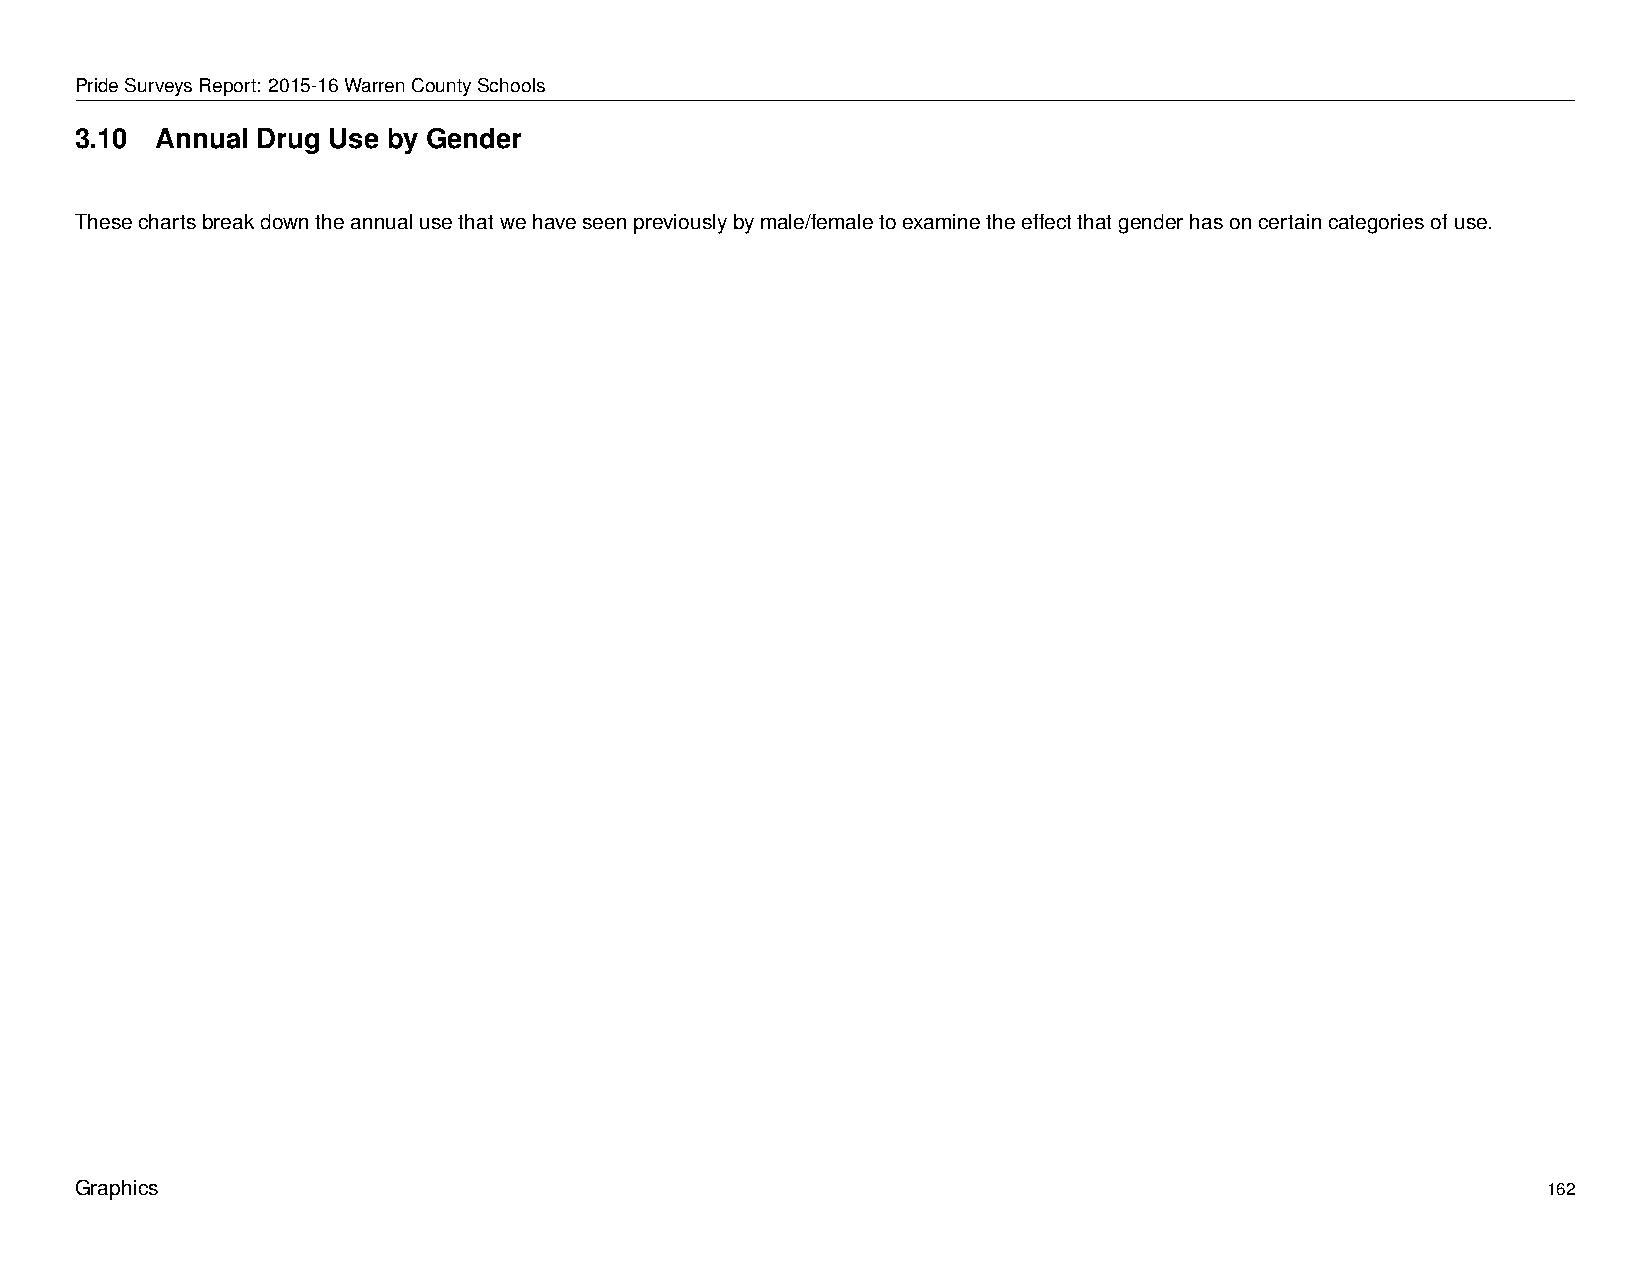
PrideSurveysReport: 2015-16WarrenCountySchools
 3.10 Annual Drug Use by Gender
 Thesechartsbreakdowntheannualusethatwehaveseenpreviouslybymale/femaletoexaminetheeffectthatgenderhasoncertaincategoriesofuse.
 Graphics                                                                                         162